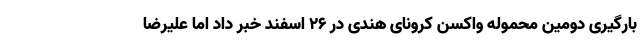
بارگیری دومین محموله واکسن کرونای هندی در ۲۶ اسفند خبر داد اما علیرضا